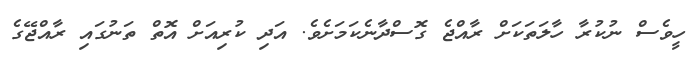
ހީވެސް ނުކުރާ ހާލަތަކަށް ރާއްޖެ ގޮސްދާނެކަމަށެވެ. އަދި ކުރިއަށް އޮތް ތަނުގައި ރާއްޖޭގެ